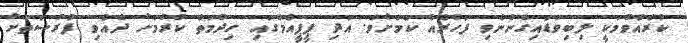
ކުރެއްވުމަކީ ލިބިވަޑައިގެންނެވި ފަހުރެއް ކަމަށެވެ. އަދި ޕީޕީއެމްގައި ހިދުމަތް ކުރުމަށް ދެއްވި ފުރުސަތަށް